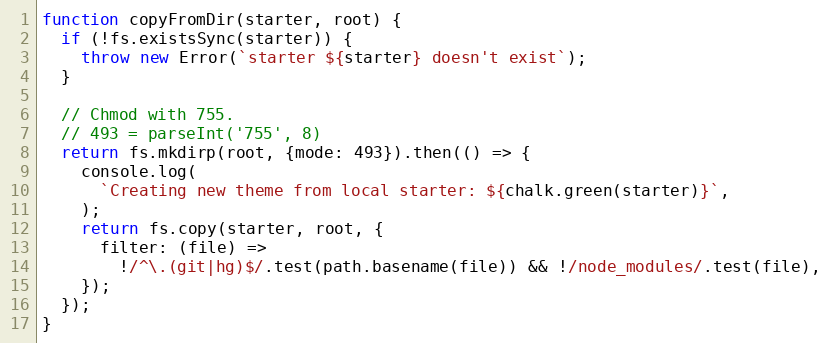
Language: JavaScript
function copyFromDir(starter, root) {
  if (!fs.existsSync(starter)) {
    throw new Error(`starter ${starter} doesn't exist`);
  }

  // Chmod with 755.
  // 493 = parseInt('755', 8)
  return fs.mkdirp(root, {mode: 493}).then(() => {
    console.log(
      `Creating new theme from local starter: ${chalk.green(starter)}`,
    );
    return fs.copy(starter, root, {
      filter: (file) =>
        !/^\.(git|hg)$/.test(path.basename(file)) && !/node_modules/.test(file),
    });
  });
}